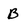
Character: B